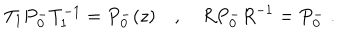
T _ { 1 } P { _ 0 ^ { - } } T _ { 1 } ^ { - 1 } = P { _ 0 ^ { - } } ( z ) \quad , \quad R P { _ 0 ^ { - } } R ^ { - 1 } = P { _ 0 ^ { - } } \; .